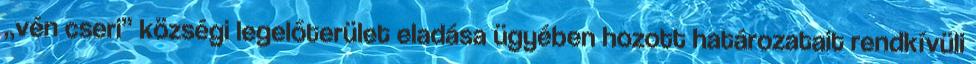
„vén cseri” községi legelőterület eladása ügyében hozott határozatait rendkívüli